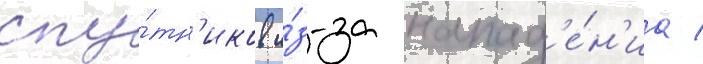
спу́тн'иков и́з-за напад'е́н'иа /